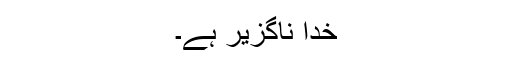
خدا ناگزیر ہے۔